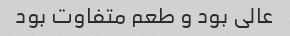
عالی بود و طعم متفاوت بود